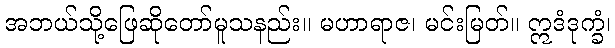
အဘယ်သို့ဖြေဆိုတော်မူသနည်း။ မဟာရာဇ၊ မင်းမြတ်။ ဣဒံဒုက္ခံ၊